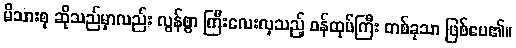
မိသားစု ဆိုသည်မှာလည်း လွန်စွာ ကြီးလေးလှသည့် ဝန်ထုပ်ကြီး တစ်ခုသာ ဖြစ်ပေ၏။